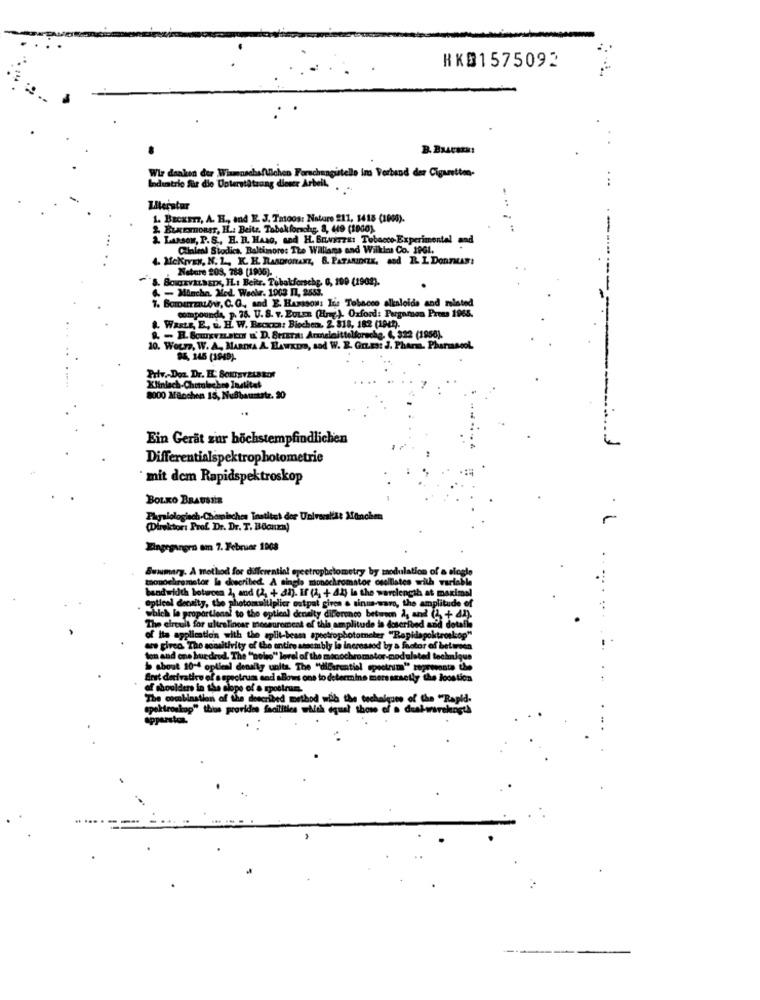
HKD1575092
Wir danken der Wiumnachafulchen Forschungstelle in Verband der Cigantim-
Industrie für die Unterstützung dieser Arbeit.
Iteratur
.. ..
1. Baexem, A. B ., and E. J. Tatoos: Nature 211, 1418 (1000).
2. ELKEMHORST, HL .: Beits. Tabakforschg, 3, 449 (1900).
2. LAsson, P. S ., H. B. HAIG, and H. BINETTE! Tobacco Experimental
Clinlenl Stodics, Baltimore: The Williams and Wilkins Co. 1961.
. MekIVEN, N. L ., K. H. RASDronANZ, B. PATANDCZK, and R. L DORTMAN!
Nature 208, 788 (1996).
BOWIEVALSSIN, IL: Beitr. Tobakforsche 0, 100 (1902).
& - Mancha. Med. Weelr. 1003 I1, 2553.
7. BOTTERLOW, C. G ., and E. HAsiSON: Lis Tobacco alkaloids and related
compounds, p. 76. U. S. v. EuLen (Hng.). Oxford: Pergamen Press 1965.
1. WasLE, E, u. H. W. BEcxza: Biochen. 2. 818, 182 (1949).
& - B. Scuxvastm &' D. SHETa: Armeleittelforschg. 6, 322 (1956).
10. Wours, W. A. MARINA A. BAWADS, sad W. B. Gr.Es: J. Pharm. Pharms
84, 145 (1949)-
Priv .- Doz. Dr. H. SCIDEVELBEEN
8000 Manchen 15, NuBbaumsatz. 90
Ein Gerät zur höchstempfindlichen
Differentialspektrophotometrie
mit dem Rapidspektroskop
BOLKO BRAUSER
Physiologisch-Chemisches Thatitet der Universittt München
-
(Direktor: Prof. Dr. Dr. T. Bocuza)
Eingegangen am 7. Februar 1908
Swwumary. A method for differential
monochrometor la ckecribed. A single monoche
bandwidth between 1, and (2, + dh). If (4, + 4
warole
maxima
Optical density, the photomultiplier outpal give
titude
...
which le proportional to the optical
The elreult for ultralincar mossurement of this ar
of ita application with the split-bessa speetrop
are given The sensitivity of the entire assembly la
ton and one hundred. The ""noirs" level of the mec
øreloft
b about 10-4 optical denally units. The "diBar
& The
first derivative of a spectrum and aBows ons to dete
of shoulders in the slope of a rpostrum.
The combination of the described method wib
"Rapid-